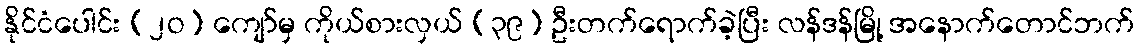
နိုင်ငံပေါင်း (၂ဝ) ကျော်မှ ကိုယ်စားလှယ် (၃၉) ဦးတက်ရောက်ခဲ့ပြီး လန်ဒန်မြို့ အနောက်တောင်ဘက်